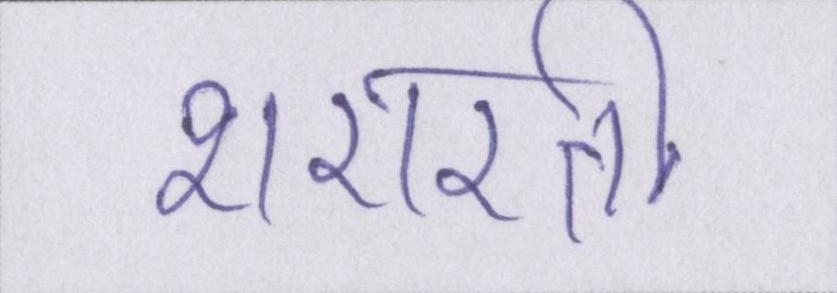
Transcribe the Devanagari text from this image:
शरारती